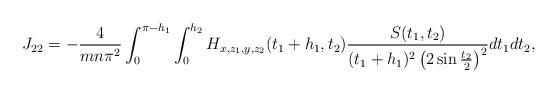
LaTeX: \begin{align*}J_{22}=-\frac{4}{mn\pi ^{2}}\int_{0}^{\pi-h_{1}}\int_{0}^{h_{2}}H_{x,z_{1},y,z_{2}}(t_{1}+h_{1},t_{2})\frac{S(t_{1},t_{2})}{(t_{1}+h_{1})^{2}\left( 2\sin \frac{t_{2}}{2}\right) ^{2}}dt_{1}dt_{2}, \end{align*}